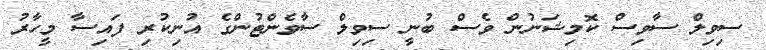
ސިވިލް ސާވިސް ކޮމިޝަނުން ވެސް ބުނީ ސިވިލް ސާވެންޓުންގެ އުނިކުރި ފައިސާ މީހާރު